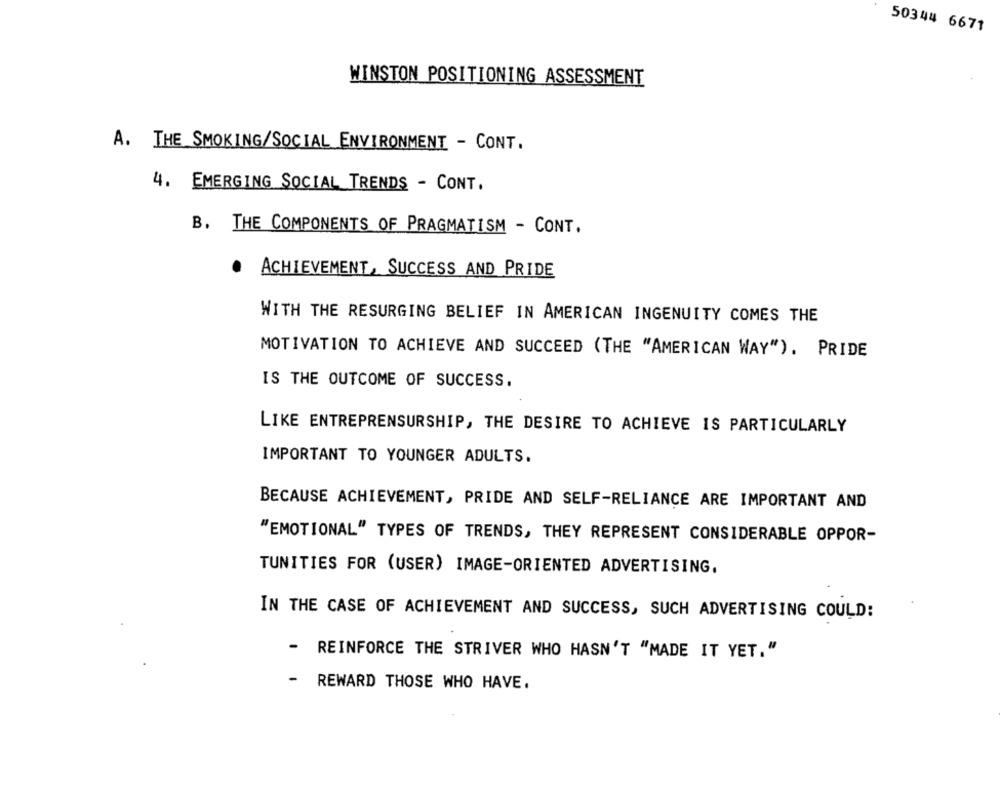
50344 6671
WINSTON POSITIONING ASSESSMENT
A. THE SMOKING/SOCIAL ENVIRONMENT - CONT.
4. EMERGING SOCIAL TRENDS - CONT.
B. THE COMPONENTS OF PRAGMATISM - CONT.
.
ACHIEVEMENT, SUCCESS AND PRIDE
WITH THE RESURGING BELIEF IN AMERICAN INGENUITY COMES THE
MOTIVATION TO ACHIEVE AND SUCCEED (THE "AMERICAN WAY"). PRIDE
IS THE OUTCOME OF SUCCESS.
LIKE ENTREPRENSURSHIP, THE DESIRE TO ACHIEVE IS PARTICULARLY
IMPORTANT TO YOUNGER ADULTS.
BECAUSE ACHIEVEMENT, PRIDE AND SELF-RELIANCE ARE IMPORTANT AND
"EMOTIONAL" TYPES OF TRENDS, THEY REPRESENT CONSIDERABLE OPPOR-
TUNITIES FOR (USER) IMAGE-ORIENTED ADVERTISING.
IN THE CASE OF ACHIEVEMENT AND SUCCESS, SUCH ADVERTISING COULD:
-
REINFORCE THE STRIVER WHO HASN'T "MADE IT YET."
-
REWARD THOSE WHO HAVE.